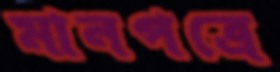
মানপত্রে